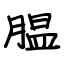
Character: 腽